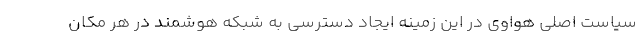
سیاست اصلی هواوی در این زمینه ایجاد دسترسی به شبکه هوشمند در هر مکان